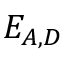
E _ { A , D }